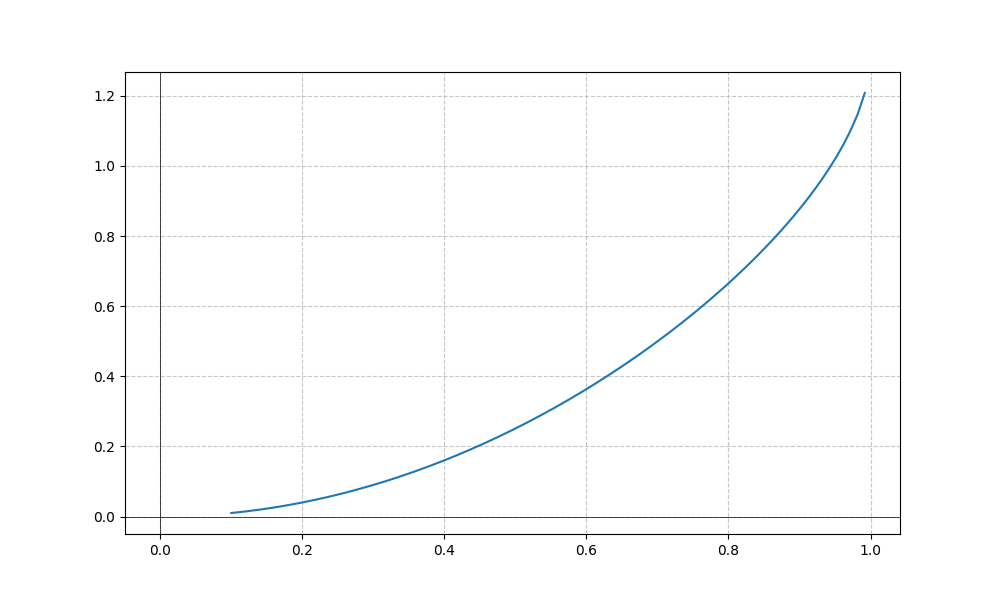
LaTeX formula: \sin{\left(x \right)} \operatorname{asin}{\left(x \right)}